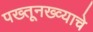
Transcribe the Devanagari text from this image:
पख्तूनख्व्याचे